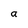
Character: a